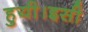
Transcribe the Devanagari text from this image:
हुयी।इसी